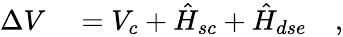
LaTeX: \begin{array}{rl}{\Delta V}&{{}=V_{c}+\hat{H}_{sc}+\hat{H}_{dse}\quad,}\end{array}